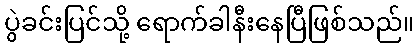
ပွဲခင်းပြင်သို့ ရောက်ခါနီးနေပြီဖြစ်သည်။